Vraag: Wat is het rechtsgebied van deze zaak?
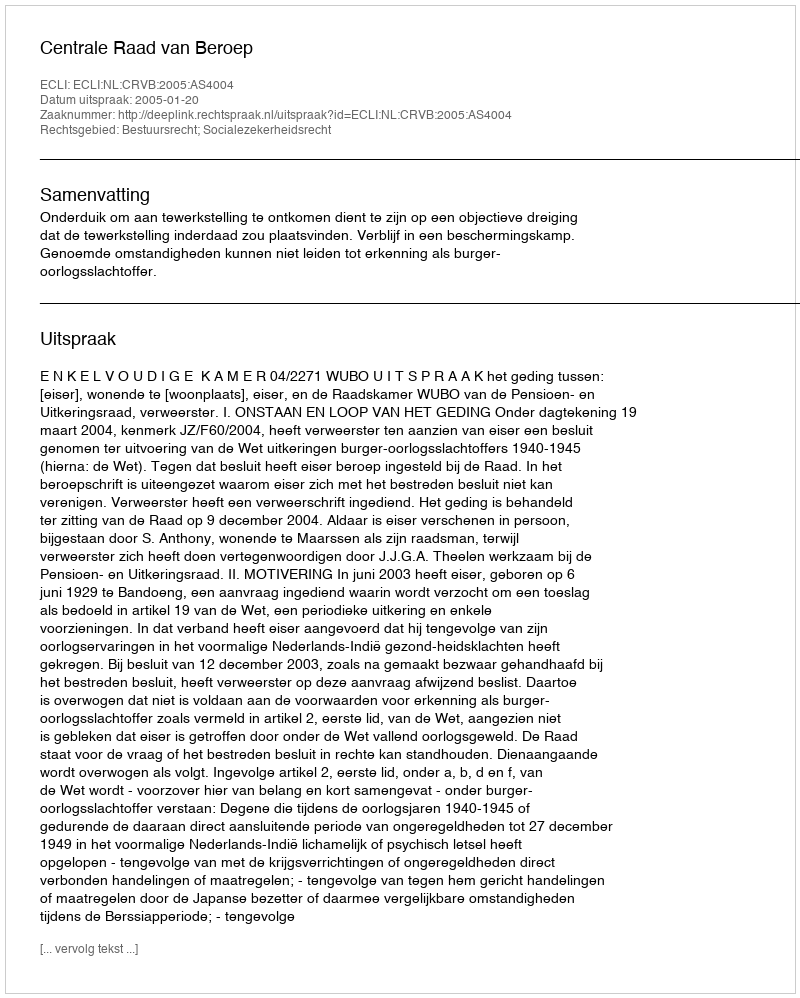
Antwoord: Bestuursrecht; Socialezekerheidsrecht